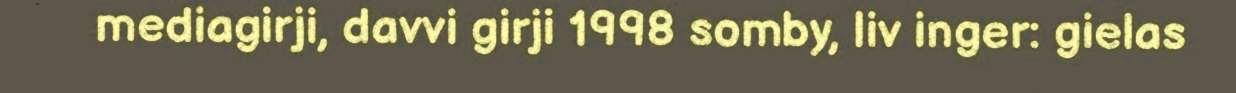
mediagirji, davvi girji 1998 somby, liv inger: gielas